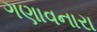
ગણાવનારા